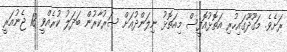
ރަށެވެ. މަގޫދޫގައިހުރި އަތޮޅުއޮފީސް މިއަތޮޅު ނިލަންދުއަށް ސަރުކާރުން ބަދަލު ކުރެއްވީ 18 ޖެނުއަރީ